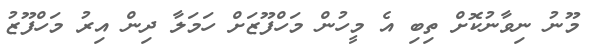
މޫނު ނިވާނުކޮށް ތިބި އެ މީހުން މަހްފޫޒަށް ހަމަލާ ދިން އިރު މަހްފޫޒު